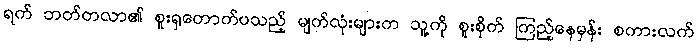
ရက် ဘတ်တလာ၏ စူးရှတောက်ပသည့် မျက်လုံးများက သူ့ကို စူးစိုက် ကြည့်နေမှန်း စကားလက်